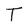
Character: T